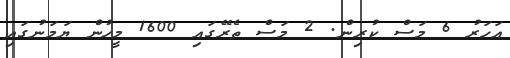
އަހަރު 6 މަސް ކުރިން. 2 މަސް ތެރޭގައި 1600 މީހުން ޔަމަނުގައި